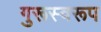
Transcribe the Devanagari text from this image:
गुरूस्वरूप